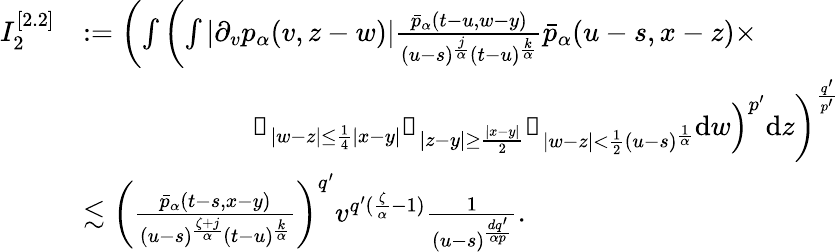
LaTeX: \begin{array}{rl}{I_{2}^{[2.2]}}&{:=\left(\int\left(\int|\partial_{v}p_{\alpha}(v,z-w)|\frac{\bar{p}_{\alpha}(t-u,w-y)}{(u-s)^{\frac{j}{\alpha}}(t-u)^{\frac{k}{\alpha}}}\bar{p}_{\alpha}(u-s,x-z)\times\right.\right.}\\ &{\qquad\qquad\qquad\left.\left.\mathbb{1}_{|w-z|\leq\frac{1}{4}|x-y|}\mathbb{1}_{|z-y|\geq\frac{|x-y|}{2}}\mathbb{1}_{|w-z|<\frac{1}{2}(u-s)^{\frac{1}{\alpha}}}\mathrm{d}w\right)^{p^{\prime}}\mathrm{d}z\right)^{\frac{q^{\prime}}{p^{\prime}}}}\\ &{\lesssim\left(\frac{\bar{p}_{\alpha}(t-s,x-y)}{(u-s)^{\frac{\zeta+j}{\alpha}}(t-u)^{\frac{k}{\alpha}}}\right)^{q^{\prime}}v^{q^{\prime}(\frac{\zeta}{\alpha}-1)}\frac{1}{(u-s)^{\frac{dq^{\prime}}{\alpha p}}}.}\end{array}